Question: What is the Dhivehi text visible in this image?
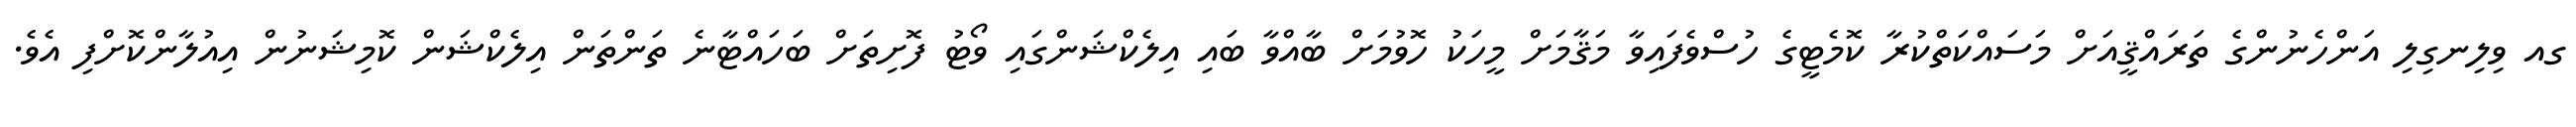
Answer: ގއ ވިލިނގިލި އަންހެނުންގެ ތަރައްޤީއަށް މަސައްކަތްކުރާ ކޮމެޓީގެ ހުސްވެފައިވާ މަޤާމަށް މީހަކު ހޮވުމަށް ބާއްވާ ބައި އިލެކްޝަންގައި ވޯޓު ފޮށިތަށް ބަހައްޓާނެ ތަންތަން އިލެކްޝަން ކޮމިޝަނުން އިއުލާންކޮށްފި އެވެ.